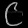
Digit: ၉